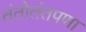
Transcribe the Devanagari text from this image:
तंतोतंतपणा